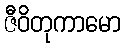
ဇီဝိတုကာမော